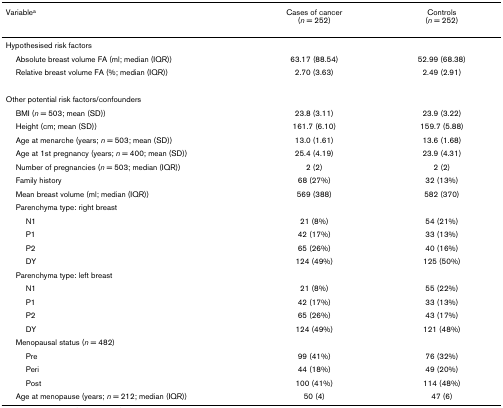
| Variablea | Cases of cancer(n = 252) | Controls(n = 252) |
 | --- | --- | --- |
 | Hypothesised risk factors |  |  |
 | Absolute breast volume FA (ml; median (IQR)) | 63.17 (88.54) | 52.99 (68.38) |
 | Relative breast volume FA (%; median (IQR)) | 2.70 (3.63) | 2.49 (2.91) |
 | Other potential risk factors/confounders |  |  |
 | BMI (n = 503; mean (SD)) | 23.8 (3.11) | 23.9 (3.22) |
 | Height (cm; mean (SD)) | 161.7 (6.10) | 159.7 (5.88) |
 | Age at menarche (years; n = 503; mean (SD)) | 13.0 (1.61) | 13.6 (1.68) |
 | Age at 1st pregnancy (years; n = 400; mean (SD)) | 25.4 (4.19) | 23.9 (4.31) |
 | Number of pregnancies (n = 503; median (IQR)) | 2 (2) | 2 (2) |
 | Family history | 68 (27%) | 32 (13%) |
 | Mean breast volume (ml; median (IQR)) | 569 (388) | 582 (370) |
 | Parenchyma type: right breast |  |  |
 | N1 | 21 (8%) | 54 (21%) |
 | P1 | 42 (17%) | 33 (13%) |
 | P2 | 65 (26%) | 40 (16%) |
 | DY | 124 (49%) | 125 (50%) |
 | Parenchyma type: left breast |  |  |
 | N1 | 21 (8%) | 55 (22%) |
 | P1 | 42 (17%) | 33 (13%) |
 | P2 | 65 (26%) | 43 (17%) |
 | DY | 124 (49%) | 121 (48%) |
 | Menopausal status (n = 482) |  |  |
 | Pre | 99 (41%) | 76 (32%) |
 | Peri | 44 (18%) | 49 (20%) |
 | Post | 100 (41%) | 114 (48%) |
 | Age at menopause (years; n = 212; median (IQR)) | 50 (4) | 47 (6) |